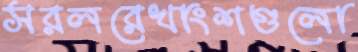
সরলরেখাংশগুলো